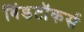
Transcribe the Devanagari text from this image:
विंडटॉकर्स